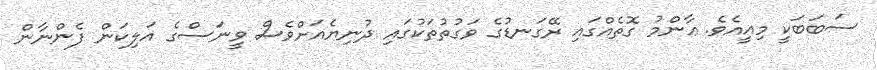
ސަބަބަކީ މިއީއެވެ. ޢާންމު ގޮތެއްގައި ރޭގަނޑުގެ ވަގުތުތަކުގައި ދުނިޔެއަށްވެސް ވީނަސްގެ އަލިކަން ފެންނާން